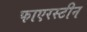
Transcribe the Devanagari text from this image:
फाएरस्टीन